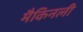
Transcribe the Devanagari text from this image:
मैकिनली